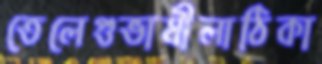
তেলেগুভাষীলাঠিকা